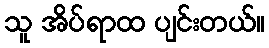
သူ အိပ်ရာထ ပျင်းတယ်။